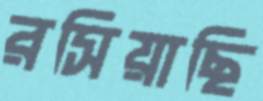
রসিয়াছি